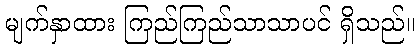
မျက်နှာထား ကြည်ကြည်သာသာပင် ရှိသည်။